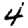
Digit: 4